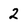
Character: 2